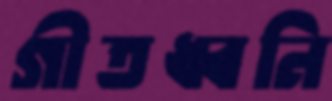
গীতধ্বনি